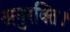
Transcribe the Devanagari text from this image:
अनुरक्ति।